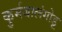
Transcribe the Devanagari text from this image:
कुर्मबालंगोडू